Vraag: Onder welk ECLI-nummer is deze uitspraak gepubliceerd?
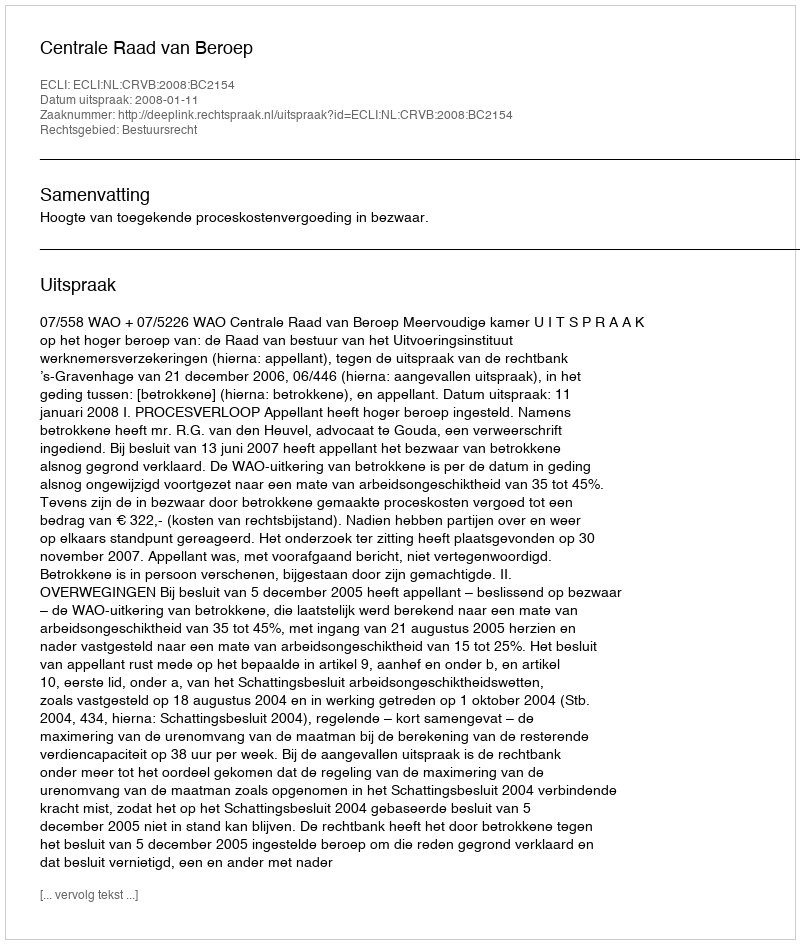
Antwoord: ECLI:NL:CRVB:2008:BC2154